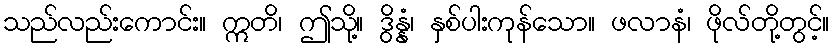
သည်လည်းကောင်း။ ဣတိ၊ ဤသို့။ ဒွိန္နံ၊ နှစ်ပါးကုန်သော။ ဖလာနံ၊ ဖိုလ်တို့တွင့်။